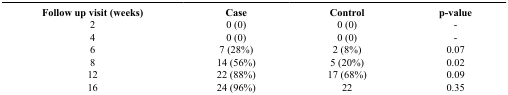
<table><thead><tr><td><b>Follow up visit (weeks)</b></td><td><b>Case</b></td><td><b>Control</b></td><td><b>p-value</b></td></tr></thead><tbody><tr><td>2</td><td>0 (0)</td><td>0 (0)</td><td>-</td></tr><tr><td>4</td><td>0 (0)</td><td>0 (0)</td><td>-</td></tr><tr><td>6</td><td>7 (28%)</td><td>2 (8%)</td><td>0.07</td></tr><tr><td>8</td><td>14 (56%)</td><td>5 (20%)</td><td>0.02</td></tr><tr><td>12</td><td>22 (88%)</td><td>17 (68%)</td><td>0.09</td></tr><tr><td>16</td><td>24 (96%)</td><td>22</td><td>0.35</td></tr></tbody></table>